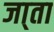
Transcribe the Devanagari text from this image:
जा्ता